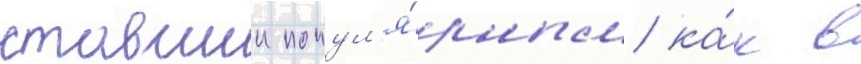
ставшии попул'я́рным ка́к в